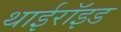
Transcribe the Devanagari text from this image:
थाईरॉइड